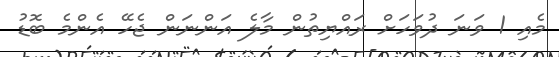
މެއި 1 ވަނަ ދުވަހަށް ރައްޔިތުން މާލެ އަންނަން ޖެހޭ އެންމެ ބޮޑު